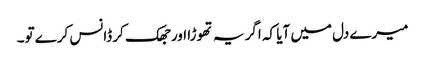
میرے دل میں آیا کہ اگر یہ تھوڑا اور جھک کر ڈانس کرے تو۔